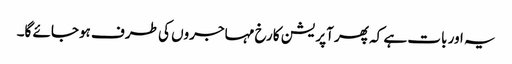
یہ اور بات ہے کہ پھر آپریشن کا رخ مہاجروں کی طرف ہوجائے گا۔